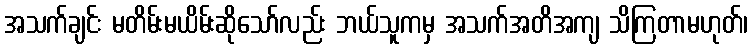
အသက်ချင်း မတိမ်းမယိမ်းဆိုသော်လည်း ဘယ်သူကမှ အသက်အတိအကျ သိကြတာမဟုတ်၊